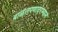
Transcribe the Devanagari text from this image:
बाळंतपणादरम्यान